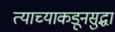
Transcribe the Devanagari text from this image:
त्याच्याकडूनसुद्धा